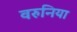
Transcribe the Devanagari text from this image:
वरुनिया